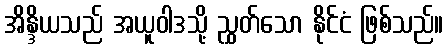
အိန္ဒိယသည် အယူဝါဒသို့ ညွှတ်သော နိုင်ငံ ဖြစ်သည်။